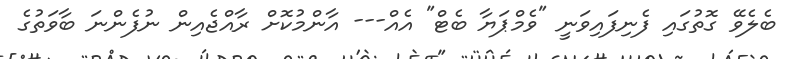
ބެލެވޭ ގޮތުގައި ފެނިފައިވަނީ "ވެމްޕަޔާ ބެޓް" އެއް--- އާންމުކޮށް ރާއްޖެއިން ނުފެންނަ ބާވަތުގެ